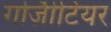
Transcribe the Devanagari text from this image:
गज़िीटियर